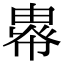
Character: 𢄖